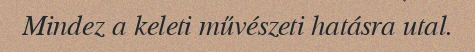
Mindez a keleti művészeti hatásra utal.